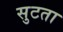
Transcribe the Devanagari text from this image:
सुटता